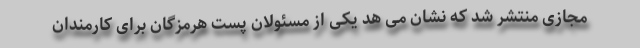
مجازی منتشر شد که نشان می هد یکی از مسئولان پست هرمزگان براى كارمندان